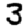
Digit: 3